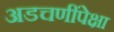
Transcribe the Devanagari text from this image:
अडचणींपेक्षा